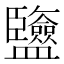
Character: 𥃡